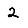
Digit: 2